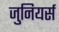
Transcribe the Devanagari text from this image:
जुनियर्स